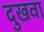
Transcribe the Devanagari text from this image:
दुखवा